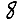
Digit: 8